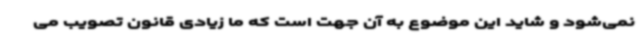
نمی‌شود و شاید این موضوع به آن جهت است که ما زیادی قانون تصویب می